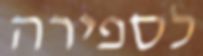
לספירה